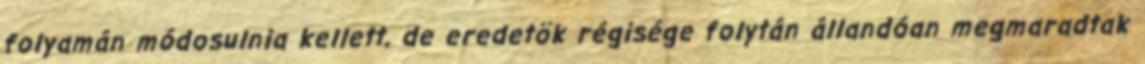
folyamán módosulnia kellett, de eredetök régisége folytán állandóan megmaradtak